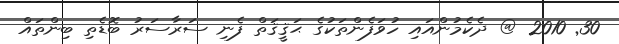
30